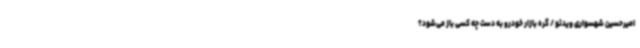
امیرحسین شهسواری ویدئو / گره بازار خودرو به دست چه کسی باز می‌شود؟